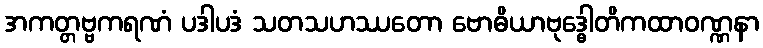
အကတ္တဗ္ဗကရဏံ ပဒါပဒံ သတသဟဿတော ဗောဓိယာဗုဒ္ဓေါတိကထာဝဏ္ဏနာ